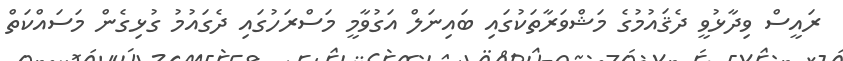
ރައީސް ވިދާޅުވީ ދެޤައުމުގެ މަޝްވަރާތަކުގައި ބައިނަލް އަގުވާމީ މަސްރަހުގައި ދެގައުމު ގުޅިގެން މަސައްކަތް